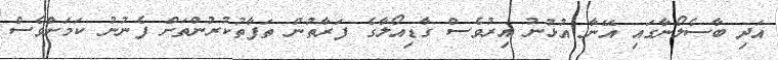
އަދި ބާސެލޯނާގައި އޭނާ އުޅުނު އިރުވެސް ގާޑިއޯލާގެ ފަރާތުން ތަފާތުކުރުންތަށް ފެނުނު ކަމަށްވެސް